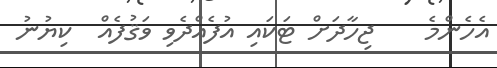
އެހެންމެ    ޖިހާދަށް ޓަކައި އުފެއްދެވި ވަޤުފެއް  ކިޔުނު